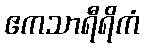
ဧကသာရီရိကံ